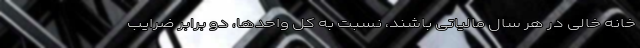
خانه خالی در هر سال مالیاتی باشند، نسبت به کل واحدها، دو برابر ضرایب